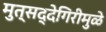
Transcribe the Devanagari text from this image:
मुत्सद्देगिरीमुळे